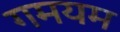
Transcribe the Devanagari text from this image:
गमयम